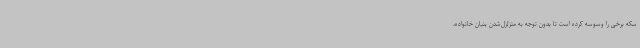
سکه برخی را وسوسه کرده است تا بدون توجه به متزلزل‌شدن بنیان خانواده،